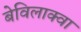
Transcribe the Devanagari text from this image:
बेविलाक्वा